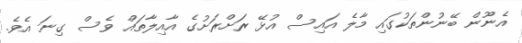
އެނޫން ބޭނުންތަކުގައި މާލެ އައިސް އުޅޭ ރަށްރަށުގެ އާއިލާތައް ވެސް ގިނަ އެވެ.